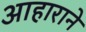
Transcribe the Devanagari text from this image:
आहाराने